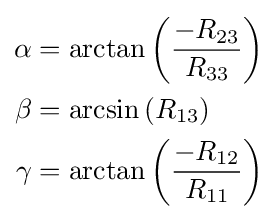
{\begin{aligned}\alpha &=\arctan \left({\frac {-R_{23}}{R_{33}}}\right)\\\beta &=\arcsin \left(R_{13}\right)\\\gamma &=\arctan \left({\frac {-R_{12}}{R_{11}}}\right)\end{aligned}}